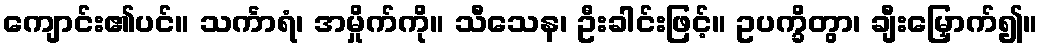
ကျောင်း၏ပင်။ သင်္ကာရံ၊ အမှိုက်ကို။ သီသေန၊ ဦးခါင်းဖြင့်။ ဥပက္ခိတွာ၊ ချီးမြှောက်၍။